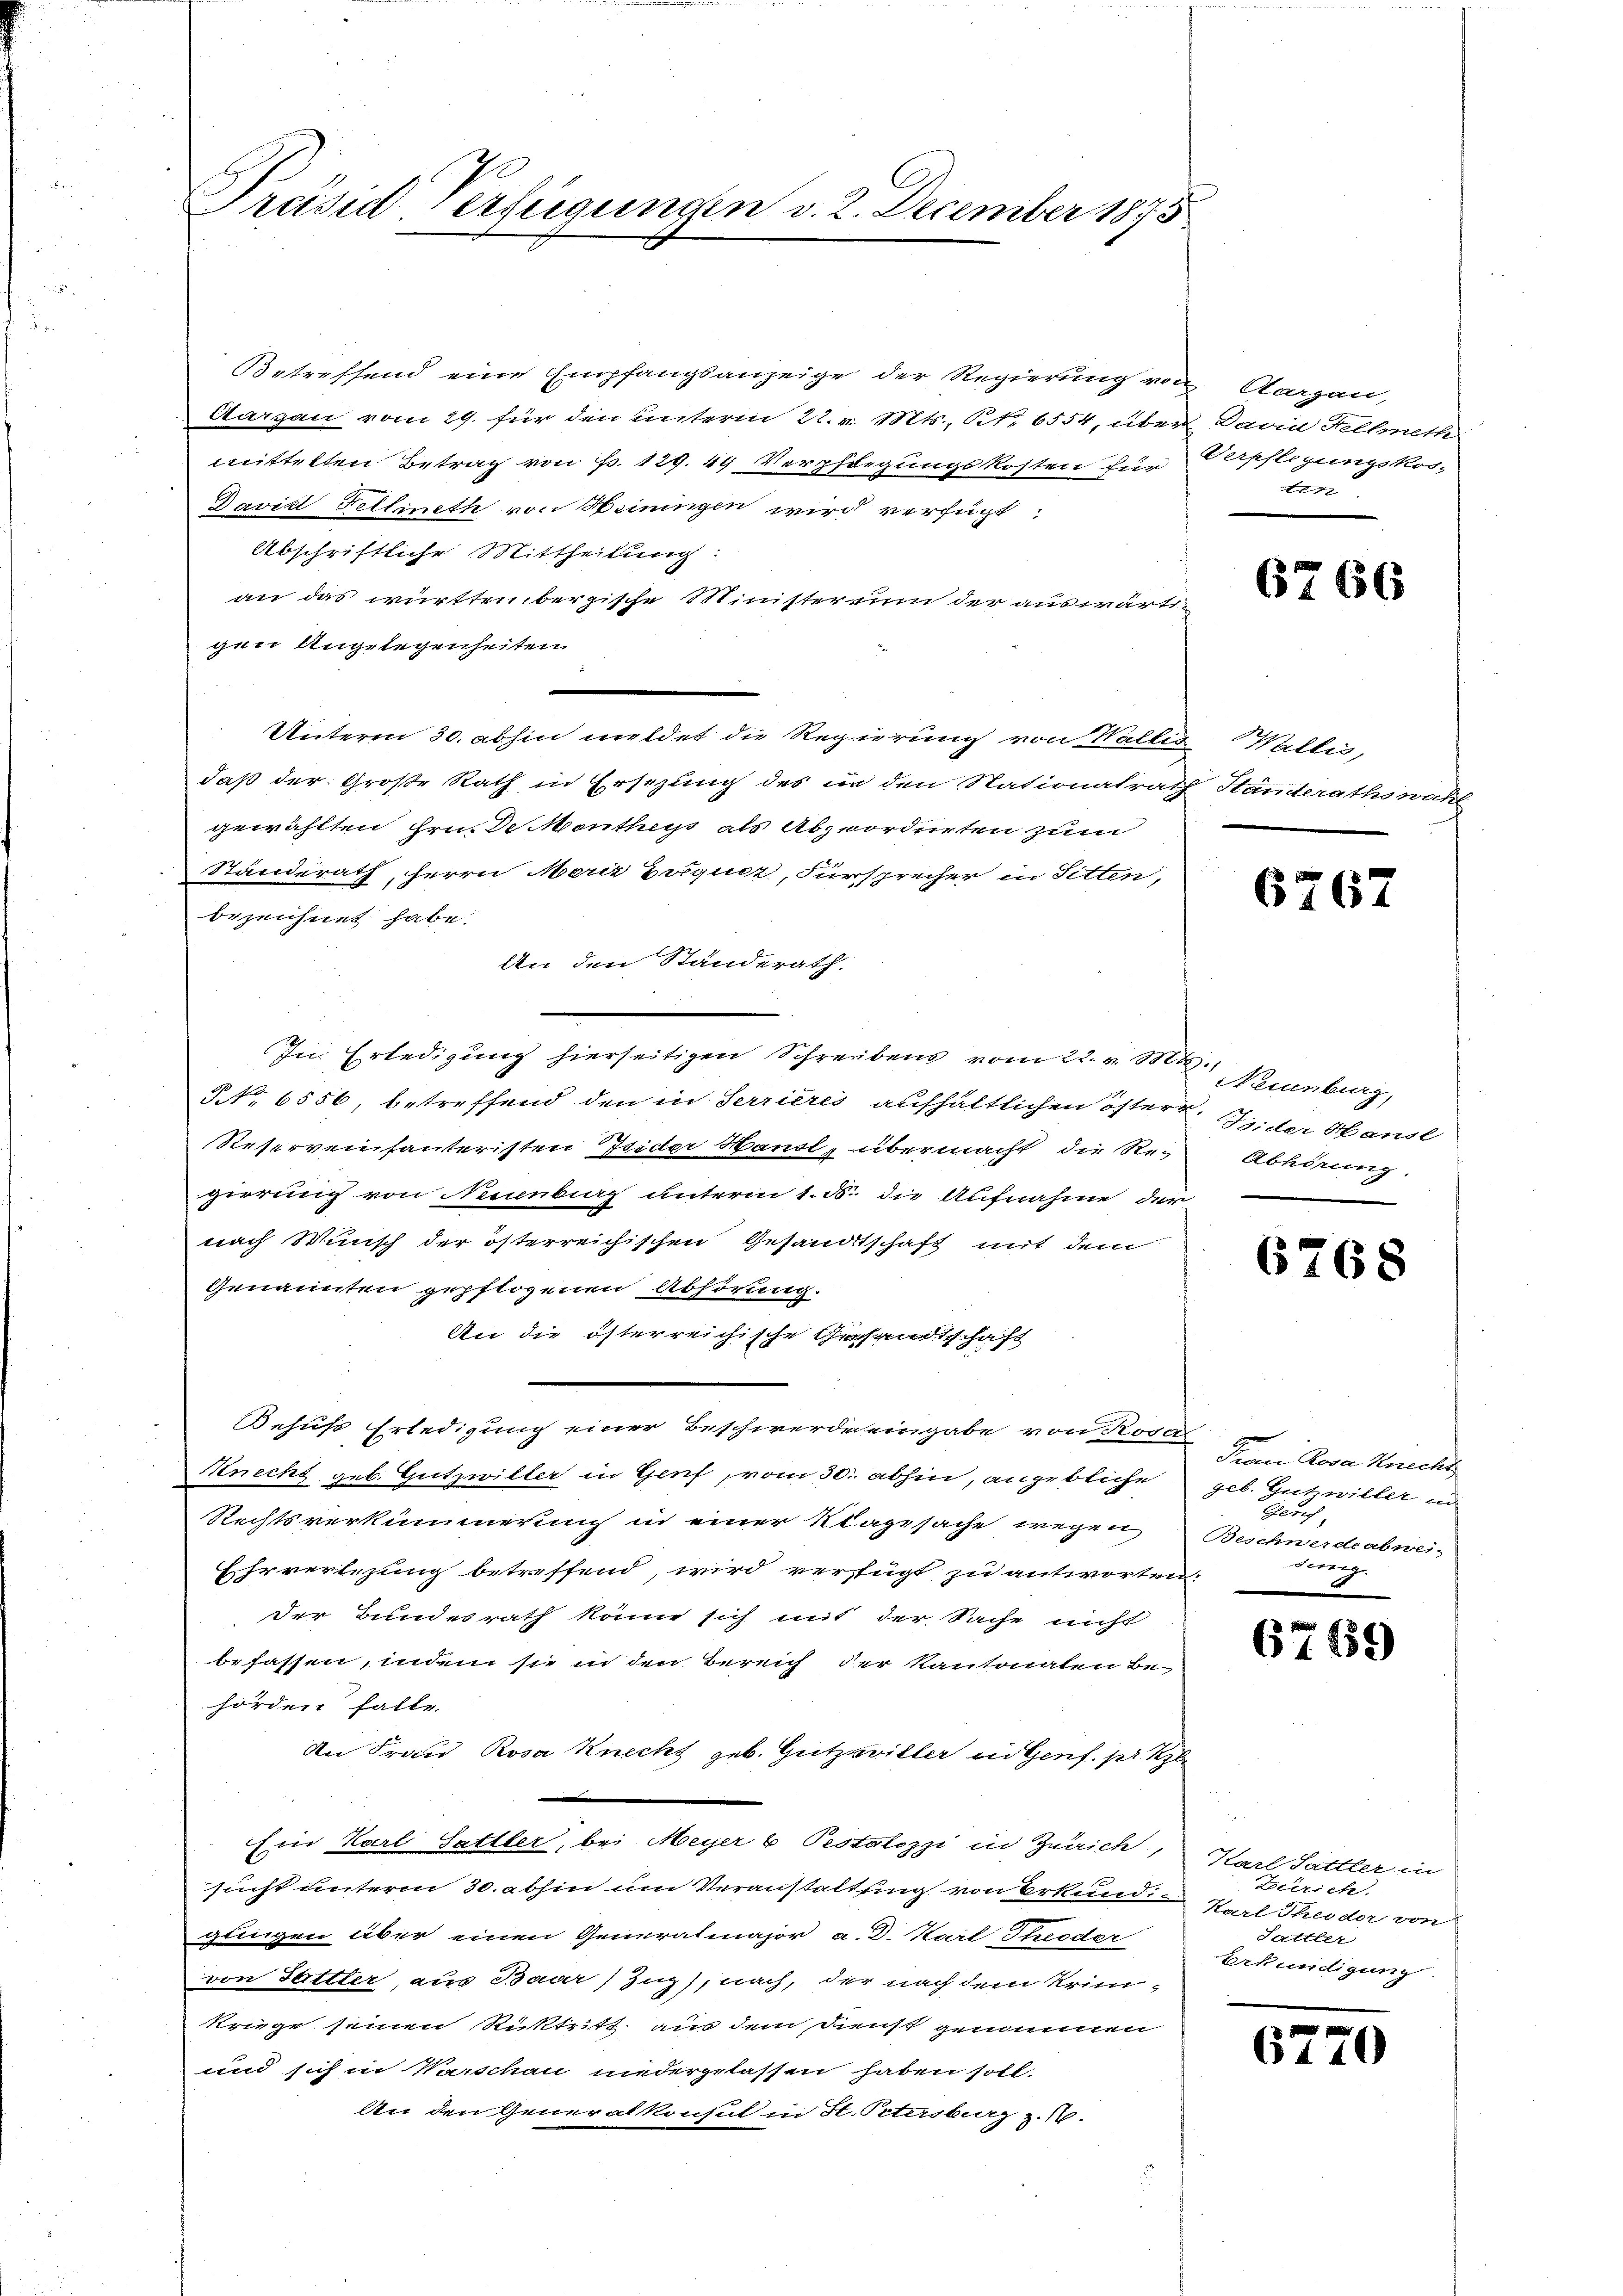
Präsid, erfügungen v. 2. December 1875

Betreffend eine Empfangsanzeige der Regierung von Aargau,
Aargau vom 29. für den unterm 22. v. Mts., Nr. 6554, über Darin Hellmeth
mittelten Betrag von P. 129. 49 Verpflegungskosten für
Davikt Fellineth von Heiningen wird verfügt:
Abschriftliche Mittheilung:
an das württenbergische Ministerinn der auswärt
gen Ungelegenheiten
Unterm 30. abhin meldet die Regierung von Wallis Wallis,
daß der Große Rath in Ersezung des in den Nationalrath Standerathswahl
gewählten hrn. De Mentheys als Abzuordneten zum
Standerath, Herrn Merz Duquet, Fürsprecher in Sitten,
bezeichnet habe.
An den Standerath.
In Erledigung hierseitigen Schreibens vom 22. v. M. Neuenburg,
NNo. 6556, betreffend den in Serrieres aufhältlichen öster Seider Hausl
Reserveinfanteristen Feder Handl, übermacht die Re-Abhörung.
gierung von Neuenburg unterm 1. B. die Aufnahme der
nach Wunsch der österreichischen Gesandtschaft mit dem
Genannten gepflogenen Abhörung.
An die österreichische Gesandtschaft
Behufs Erledigung einer Beschwerde eingabe von Rosa
Knecht geb. Gützwiller in Genf, vom 30. abhin, angebliche geb. Gutzwiller in
Rechtsverkümmerung in einer Klagesache wegen
Ehrverlegung betreffend, wird verstügt zu antworten.
der Bundesrath könne sich mit der Sache nicht
befassen, indem sie in den Bereich der Kantonaten be-
hörden falle.
An Frau Rosa Knecht geb. Gützwiller in Genf. pr R
Ein Karl Sattler, bei Meyer 6 Pestalozzi in Zürich, Karl Sattler in
sucht unterm 30. abhin um Veranstaltung von Erkund Karl Theodor von
glingen aber einen Generalmajor a. D. Karl Theoder
von Sattler, aus Baar Zuz), nach, der nach dem Krimi-
kriege seinen Rücktritt aus dem Dienst genommen
und sich in Warschau niedergelassen haben soll.
An den Generalkonsul in St. Petersburg z. B.

Verpflegungskos-
ten

6766

6767

6768

Fron Rova Knecht
Bauch
Beschwerdeabwei-
Sing
m

6769

Zürich.
Sattler
Erkundigung.

6770